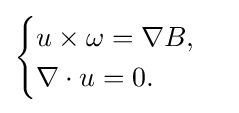
{\begin{cases}u\times \omega =\nabla B,\\\nabla \cdot u=0.\end{cases}}